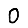
Digit: 0